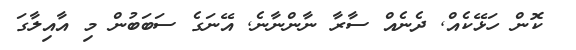
ކޮން ހަޅޭކެއް